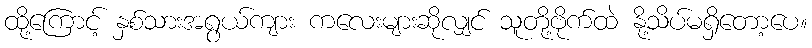
ထို့ကြောင့် နှစ်သားအရွယ်ကျား ကလေးများဆိုလျှင် သူတို့ဗိုက်ထဲ နို့သိပ်မရှိတော့ပေ။